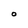
Character: O